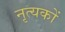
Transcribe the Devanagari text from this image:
नृत्यकों